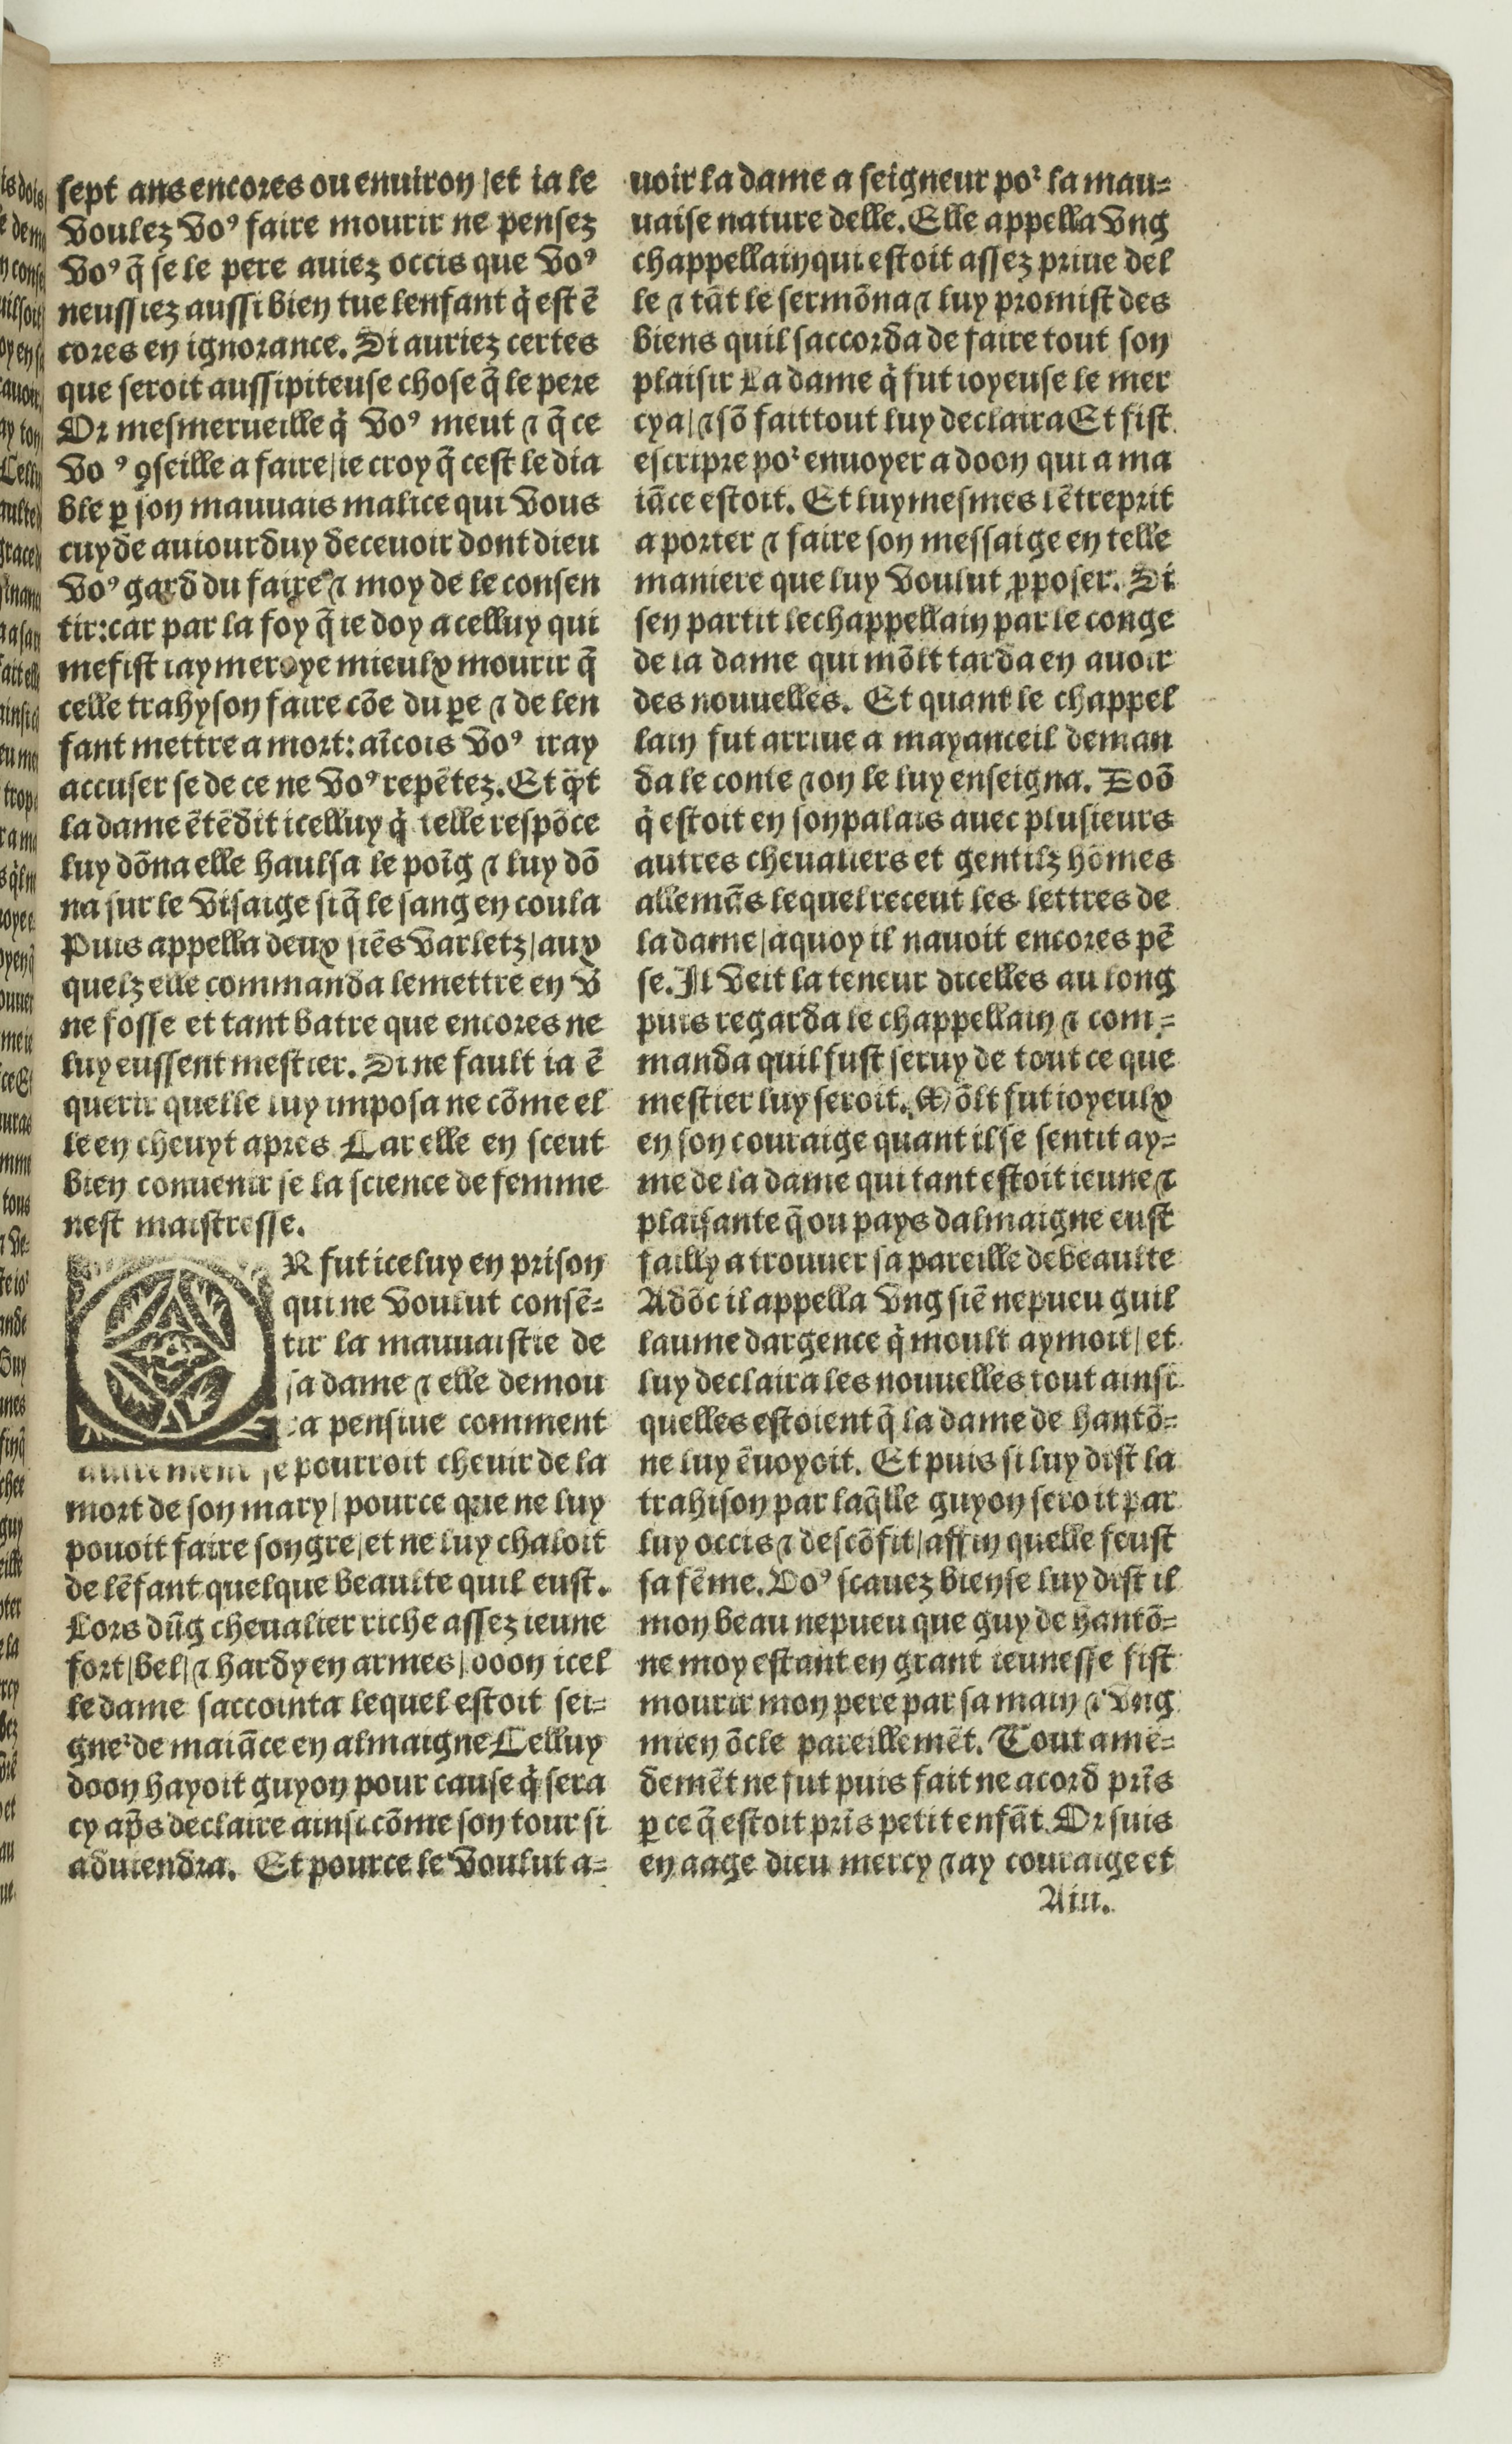
Shelfmark: Paris, BnF, Rés. Y2-674
Century: 16